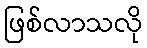
ဖြစ်လာသလို